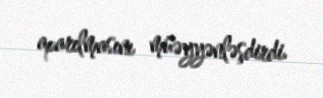
aparılmasını müəyyənləşdirdi.